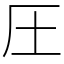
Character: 圧